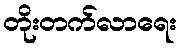
တိုးတက်လာရေး